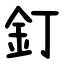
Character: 釘